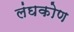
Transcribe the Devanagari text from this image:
लंघकोण